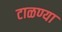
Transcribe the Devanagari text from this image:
टाळण्या